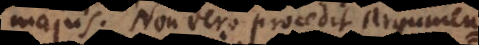
majus. Non vero procedit Argumen